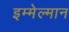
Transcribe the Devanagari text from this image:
इम्मेल्मान